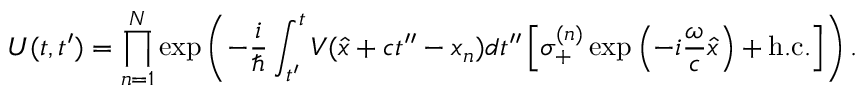
U ( t , t ^ { \prime } ) = \prod _ { n = 1 } ^ { N } \exp \left( - \frac { i } { \hbar } \int _ { t ^ { \prime } } ^ { t } V ( \widehat { x } + c t ^ { \prime \prime } - x _ { n } ) d t ^ { \prime \prime } \left[ \sigma _ { + } ^ { ( n ) } \exp \left( - i \frac { \omega } { c } \widehat { x } \right) + \mathrm { h . c . } \right] \right) .